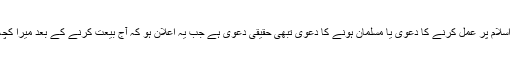
پس یہ بیعت کا دعویٰ، اعتقاد کا دعویٰ، مریدی کا دعویٰ اور اس حقیقی اسلام پر عمل کرنے کا دعویٰ یا مسلمان ہونے کا دعویٰ تبھی حقیقی دعویٰ ہے جب یہ اعلان ہو کہ آج بیعت کرنے کے بعد میرا کچھ نہیں رہا بلکہ سب کچھ خدا تعالیٰ کا ہے اور اُس کے دین کے لئے ہے۔